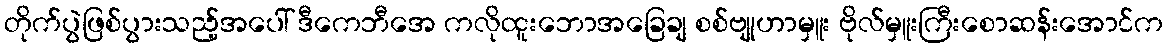
တိုက်ပွဲဖြစ်ပွားသည့်အပေါ် ဒီကေဘီအေ ကလိုထူးဘောအခြေချ စစ်ဗျုဟာမှူး ဗိုလ်မှူးကြီးစောဆန်းအောင်က